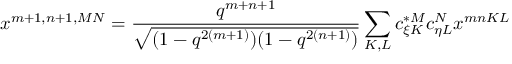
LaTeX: x ^ { m + 1 , n + 1 , M N } = \frac { q ^ { m + n + 1 } } { \sqrt { ( 1 - q ^ { 2 ( m + 1 ) } ) ( 1 - q ^ { 2 ( n + 1 ) } ) } } \sum _ { K , L } c _ { \xi K } ^ { * M } c _ { \eta L } ^ { N } x ^ { m n K L }